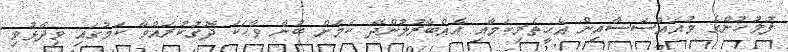
ފުލުހުންގެ މުއައްސަސާއިން އެހީތެރިކަމާއި އެއްބާރުލުންދޭ ކަމަށް ބުނާ ވާހަކަ ދޮގުކުރައްވާ ކަމުގައި ވިދާޅުވި